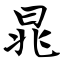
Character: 晁